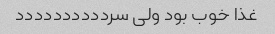
غذا خوب بود ولی سردددددددددد